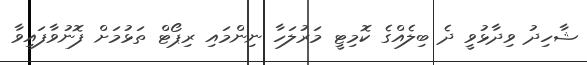
ޝާހިދު ވިދާޅުވީ ދެ ބިލެއްގެ ކޮމިޓީ މަރުލަހާ ނިންމައި ރިޕޯޓް ތަޅުމަށް ފޮނުވާފައިވާ